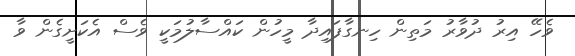
ވެހޭ އިރު ދުވާރު މަތިން ހިނގާފައިދާ މީހުން ކައްސާލުމަކީ ވެސް އެކަށީގެން ވާ